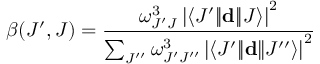
\beta ( J ^ { \prime } , J ) = \frac { \omega _ { J ^ { \prime } J } ^ { 3 } \left| \langle J ^ { \prime } | \! | \mathbf { d } | \! | J \rangle \right| ^ { 2 } } { \sum _ { J ^ { \prime \prime } } \omega _ { J ^ { \prime } J ^ { \prime \prime } } ^ { 3 } \left| \langle J ^ { \prime } | \! | \mathbf { d } | \! | J ^ { \prime \prime } \rangle \right| ^ { 2 } }